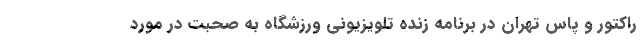
راکتور و پاس تهران در برنامه زنده تلویزیونی ورزشگاه به صحبت در مورد